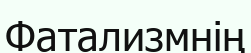
Фатализмнің